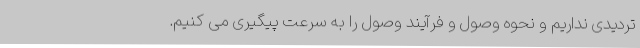
تردیدی نداریم و نحوه وصول و فرآیند وصول را به سرعت پیگیری می کنیم.